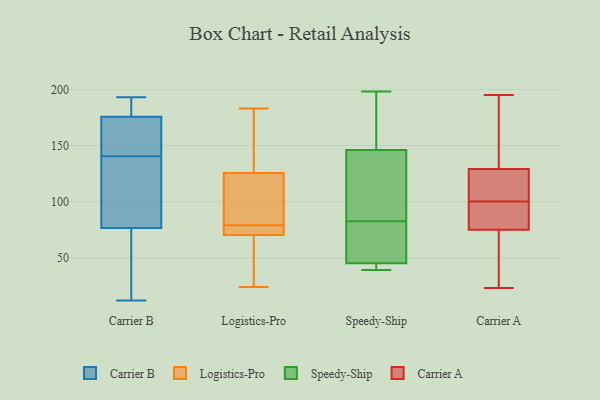
{"axis": {"x": "Waste Production (Tons)", "y": "Value"}, "legend": ["Carrier A", "Carrier B", "Logistics-Pro", "Speedy-Ship"], "data": [{"x": "", "y": 79, "type": "Carrier B"}, {"x": "", "y": 66, "type": "Carrier B"}, {"x": "", "y": 185, "type": "Carrier B"}, {"x": "", "y": 145, "type": "Carrier B"}, {"x": "", "y": 191, "type": "Carrier B"}, {"x": "", "y": 12, "type": "Carrier B"}, {"x": "", "y": 166, "type": "Carrier B"}, {"x": "", "y": 157, "type": "Carrier B"}, {"x": "", "y": 136, "type": "Carrier B"}, {"x": "", "y": 74, "type": "Carrier B"}, {"x": "", "y": 87, "type": "Carrier B"}, {"x": "", "y": 193, "type": "Carrier B"}, {"x": "", "y": 121, "type": "Logistics-Pro"}, {"x": "", "y": 24, "type": "Logistics-Pro"}, {"x": "", "y": 127, "type": "Logistics-Pro"}, {"x": "", "y": 74, "type": "Logistics-Pro"}, {"x": "", "y": 70, "type": "Logistics-Pro"}, {"x": "", "y": 183, "type": "Logistics-Pro"}, {"x": "", "y": 116, "type": "Logistics-Pro"}, {"x": "", "y": 176, "type": "Logistics-Pro"}, {"x": "", "y": 79, "type": "Logistics-Pro"}, {"x": "", "y": 71, "type": "Logistics-Pro"}, {"x": "", "y": 42, "type": "Logistics-Pro"}, {"x": "", "y": 43, "type": "Speedy-Ship"}, {"x": "", "y": 166, "type": "Speedy-Ship"}, {"x": "", "y": 54, "type": "Speedy-Ship"}, {"x": "", "y": 92, "type": "Speedy-Ship"}, {"x": "", "y": 146, "type": "Speedy-Ship"}, {"x": "", "y": 73, "type": "Speedy-Ship"}, {"x": "", "y": 39, "type": "Speedy-Ship"}, {"x": "", "y": 105, "type": "Speedy-Ship"}, {"x": "", "y": 45, "type": "Speedy-Ship"}, {"x": "", "y": 198, "type": "Speedy-Ship"}, {"x": "", "y": 114, "type": "Carrier A"}, {"x": "", "y": 84, "type": "Carrier A"}, {"x": "", "y": 159, "type": "Carrier A"}, {"x": "", "y": 108, "type": "Carrier A"}, {"x": "", "y": 117, "type": "Carrier A"}, {"x": "", "y": 75, "type": "Carrier A"}, {"x": "", "y": 92, "type": "Carrier A"}, {"x": "", "y": 71, "type": "Carrier A"}, {"x": "", "y": 23, "type": "Carrier A"}, {"x": "", "y": 195, "type": "Carrier A"}, {"x": "", "y": 129, "type": "Carrier A"}, {"x": "", "y": 180, "type": "Carrier A"}, {"x": "", "y": 69, "type": "Carrier A"}, {"x": "", "y": 78, "type": "Carrier A"}]}